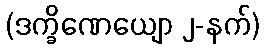
(ဒက္ခိဏေယျော ၂-နက်)